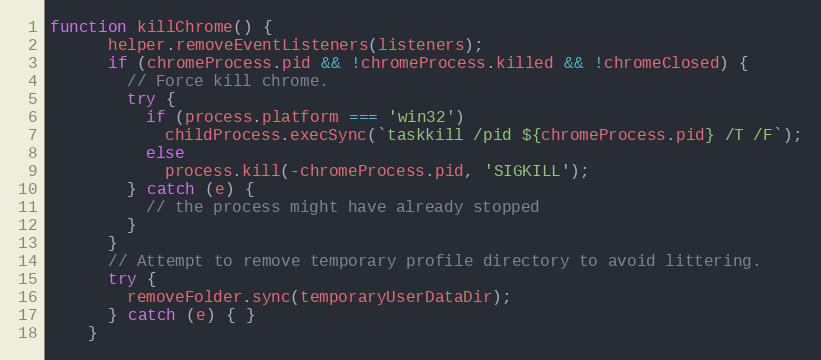
Language: JavaScript
function killChrome() {
      helper.removeEventListeners(listeners);
      if (chromeProcess.pid && !chromeProcess.killed && !chromeClosed) {
        // Force kill chrome.
        try {
          if (process.platform === 'win32')
            childProcess.execSync(`taskkill /pid ${chromeProcess.pid} /T /F`);
          else
            process.kill(-chromeProcess.pid, 'SIGKILL');
        } catch (e) {
          // the process might have already stopped
        }
      }
      // Attempt to remove temporary profile directory to avoid littering.
      try {
        removeFolder.sync(temporaryUserDataDir);
      } catch (e) { }
    }